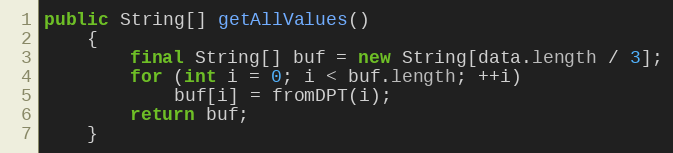
Language: Java
public String[] getAllValues()
	{
		final String[] buf = new String[data.length / 3];
		for (int i = 0; i < buf.length; ++i)
			buf[i] = fromDPT(i);
		return buf;
	}